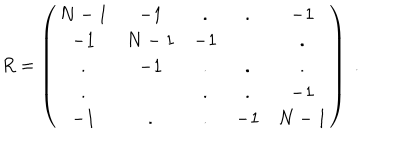
LaTeX: R = \left( \begin{array} { c c c c c } { { N - 1 } } & { { - 1 } } & { { . } } & { { . } } & { { - 1 } } \\ { { - 1 } } & { { N - 1 } } & { { - 1 } } & { { } } & { { . } } \\ { { . } } & { { - 1 } } & { { . } } & { { . } } & { { . } } \\ { { . } } & { { } } & { { . } } & { { . } } & { { - 1 } } \\ { { - 1 } } & { { . } } & { { . } } & { { - 1 } } & { { N - 1 } } \\ \end{array} \right) \; .